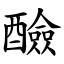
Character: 醶